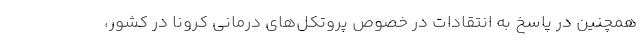
همچنین در پاسخ به انتقادات در خصوص پروتکل‌های درمانی کرونا در کشور،